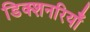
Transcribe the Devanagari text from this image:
डिक्शनरियाँ